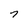
Character: 7